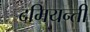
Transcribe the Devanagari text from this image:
दमियन्ती